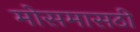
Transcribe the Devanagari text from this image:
मोसमासठी